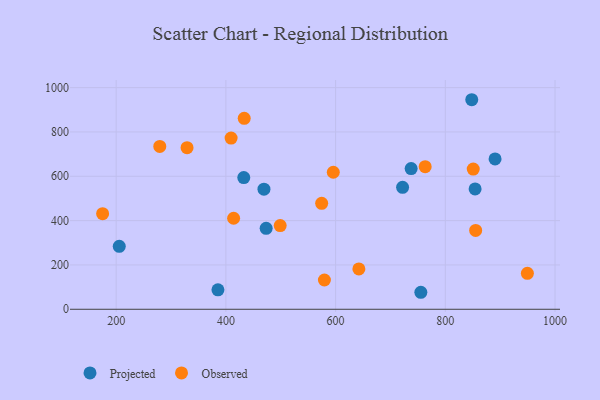
{"axis": {"x": "Distance", "y": "Exam Score"}, "legend": ["Observed", "Projected"], "data": [{"x": "432.6", "y": 594.0, "type": "Projected"}, {"x": "205.6", "y": 284.0, "type": "Projected"}, {"x": "469.4", "y": 541.9, "type": "Projected"}, {"x": "890.7", "y": 678.2, "type": "Projected"}, {"x": "755.4", "y": 76.7, "type": "Projected"}, {"x": "848.2", "y": 945.4, "type": "Projected"}, {"x": "473.4", "y": 365.3, "type": "Projected"}, {"x": "737.7", "y": 634.9, "type": "Projected"}, {"x": "722.1", "y": 550.1, "type": "Projected"}, {"x": "854.3", "y": 543.1, "type": "Projected"}, {"x": "385.5", "y": 87.8, "type": "Projected"}, {"x": "850.9", "y": 632.5, "type": "Observed"}, {"x": "642.4", "y": 182.0, "type": "Observed"}, {"x": "579.6", "y": 132.0, "type": "Observed"}, {"x": "949.6", "y": 162.4, "type": "Observed"}, {"x": "574.6", "y": 477.9, "type": "Observed"}, {"x": "763.3", "y": 643.2, "type": "Observed"}, {"x": "279.5", "y": 734.7, "type": "Observed"}, {"x": "409.5", "y": 772.2, "type": "Observed"}, {"x": "433.4", "y": 861.7, "type": "Observed"}, {"x": "414.1", "y": 410.6, "type": "Observed"}, {"x": "329.2", "y": 729.0, "type": "Observed"}, {"x": "855.3", "y": 355.9, "type": "Observed"}, {"x": "175.3", "y": 431.1, "type": "Observed"}, {"x": "595.8", "y": 618.3, "type": "Observed"}, {"x": "499.0", "y": 377.6, "type": "Observed"}]}